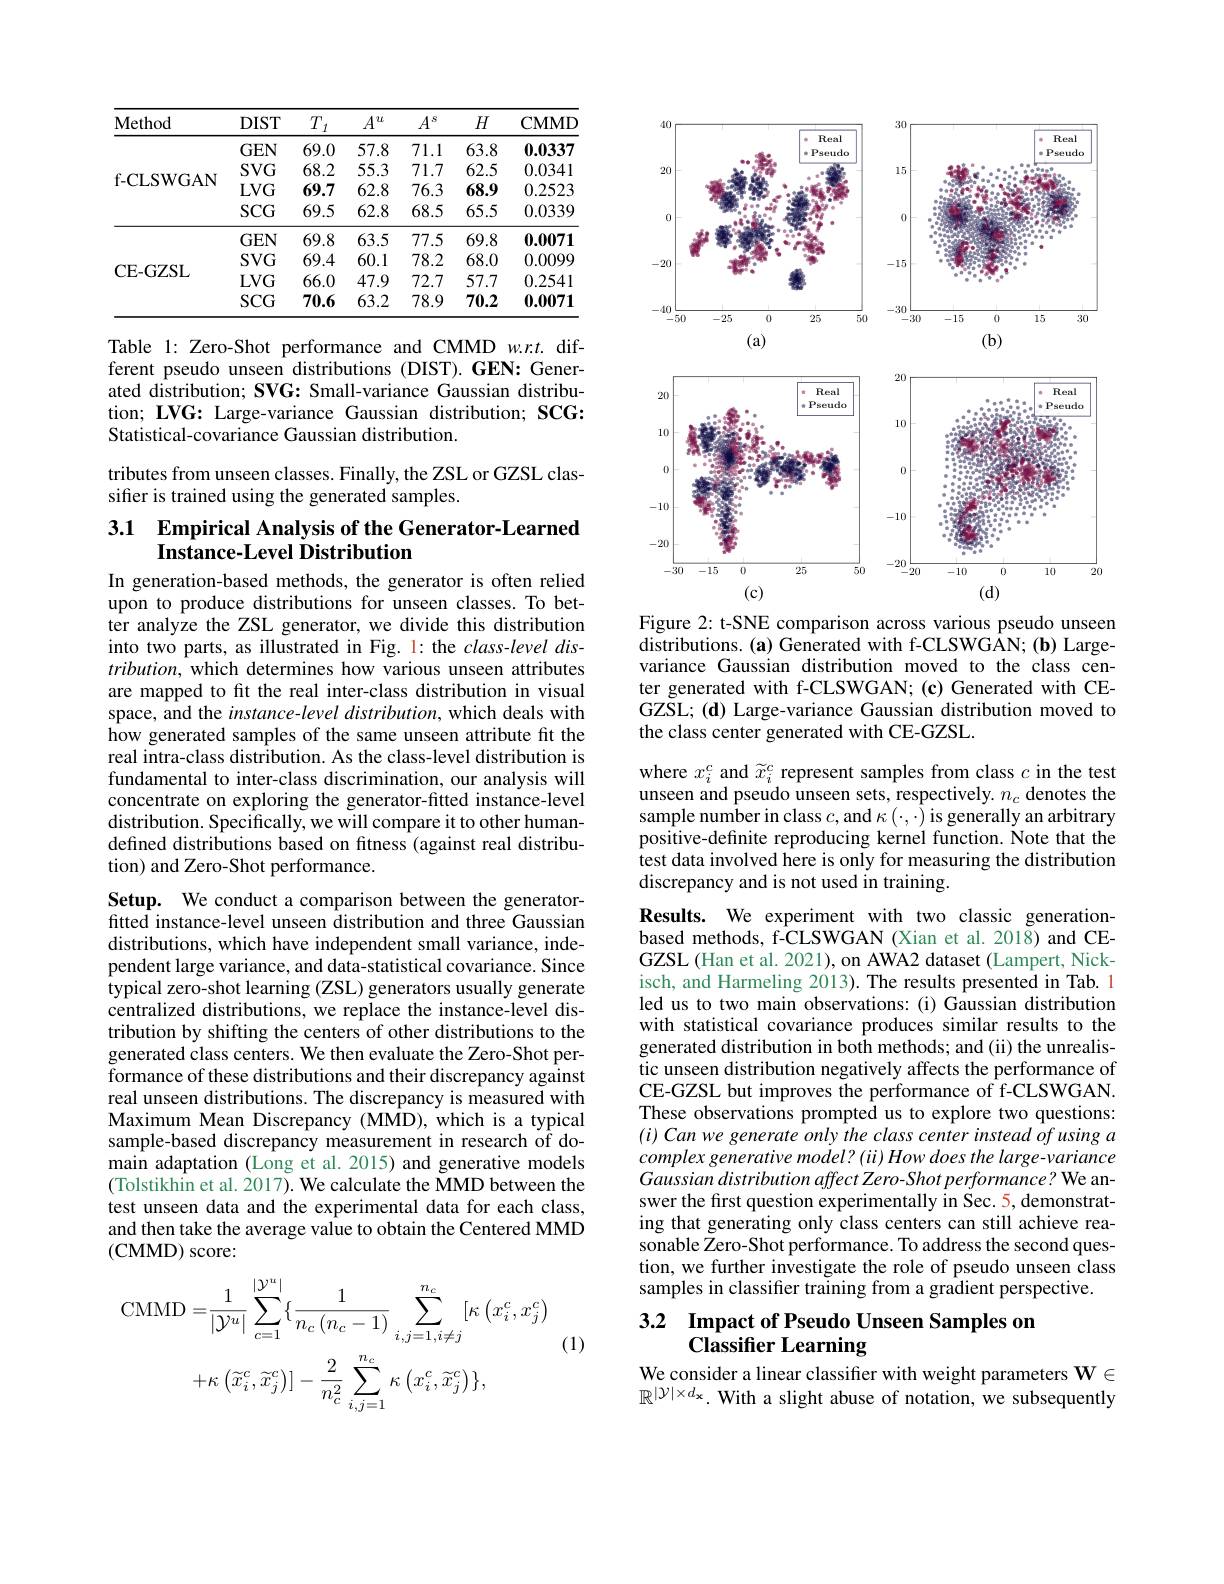
<table>
	<tbody>
		<tr>
			<th>Method</th>
			<th>$DIST$</th>
			<th>$T$ $I$</th>
			<th>$A^{u}$</th>
			<th>$A^s$</th>
			<th>$H$</th>
			<th>$\mathbf{CMMD}$</th>
		</tr>
		<tr>
			<td rowspan="4">f- CLSWGAN</td>
			<td>$GEN$</td>
			<td>69.0</td>
			<td>57.8</td>
			<td>71.1</td>
			<td>63.8</td>
			<td>0.0337</td>
		</tr>
		<tr>
			<td>$SVG$</td>
			<td>68.2</td>
			<td>55.3</td>
			<td>71.7</td>
			<td>62.5</td>
			<td>0.0341</td>
		</tr>
		<tr>
			<td>$LVG$</td>
			<td>69.7</td>
			<td>62.8</td>
			<td>76.3</td>
			<td>68.9</td>
			<td>0.2523</td>
		</tr>
		<tr>
			<td>$SCG$</td>
			<td>69.5</td>
			<td>62.8</td>
			<td>68.5</td>
			<td>65.5</td>
			<td>0.0339</td>
		</tr>
		<tr>
			<td> </td>
			<td>$GEN$</td>
			<td>69.8</td>
			<td>63.5</td>
			<td>77.5</td>
			<td>69.8</td>
			<td>0.0071</td>
		</tr>
		<tr>
			<td rowspan="3">CE- GZSL</td>
			<td>$SVG$</td>
			<td>69.4</td>
			<td>60.1</td>
			<td>78.2</td>
			<td>68.0</td>
			<td>0.0099</td>
		</tr>
		<tr>
			<td>$LVG$</td>
			<td>66.0</td>
			<td>47.9</td>
			<td>72.7</td>
			<td>57.7</td>
			<td>0.2541</td>
		</tr>
		<tr>
			<td>$SCG$</td>
			<td>70.6</td>
			<td>63.2</td>
			<td>78.9</td>
			<td>70.2</td>
			<td>0.0071</td>
		</tr>
	</tbody>
</table>

Table 1: Zero-Shot performance and CMMD w.r.t. different pseudo unseen distributions (DIST).GEN: Generated distribution; SVG: Small-variance Gaussian distribution; LVG: Large-variance Gaussian distribution; SCG: Statistical-covariance Gaussian distribution.

tributes from unseen classes. Finally, the ZSL or GZSL clas-
sifier is trained using the generated samples.

## 3.1 $\textbf{Empirical Analysis of the Generator- Learned}$ Instance-Level Distribution In generation-based methods, the generator is often relied

upon to produce distributions for unseen classes. To better analyze the ZSL generator, we divide this distribution into two parts, as illustrated in Fig. 1: the class-level dis- $tribution$, which determines how various unseen attributes are mapped to ft the real inter-class distribution in visual space, and the instance-level distribution, which deals with how generated samples of the same unseen attribute fit the real intra-class distribution. As the class-level distribution is fundamental to inter-class discrimination, our analysis will concentrate on exploring the generator-fitted instance-level distribution. Specifically, we will compare it to other humandefined distributions based on fitness (against real distribution) and Zero-Shot performance.

Setup. We conduct a comparison between the generatorfitted instance-level unseen distribution and three Gaussian distributions, which have independent small variance, independent large variance, and data-statistical covariance. Since typical zero-shot learning (ZSL) generators usually generate centralized distributions, we replace the instance-level distribution by shifting the centers of other distributions to the generated class centers. We then evaluate the Zero-Shot performance of these distributions and their discrepancy against real unseen distributions. The discrepancy is measured with Maximum Mean Discrepancy (MMD), which is a typical sample-based discrepancy measurement in research of domain adaptation (Long et al. 2015) and generative models (Tolstikhin et al. 2017). We calculate the MMD between the test unseen data and the experimental data for each class, and then take the average value to obtain the Centered MMD (CMMD) score:

(1)
$$\mathrm{CMMD}=\frac{1}{|\mathcal{Y}^{u}|}\sum_{c=1}^{|\mathcal{Y}^{u}|}\{\frac{1}{n_{c}\left(n_{c}-1\right)}\sum_{i,j=1,i\neq j}^{n_{c}}[\kappa\left(x_{i}^{c},x_{j}^{c}\right)\\+\kappa\left(\widetilde{x}_{i}^{c},\widetilde{x}_{j}^{c}\right)]-\frac{2}{n_{c}^{2}}\sum_{i,j=1}^{n_{c}}\kappa\left(x_{i}^{c},\widetilde{x}_{j}^{c}\right)\},$$
<FigureHere>
Figure 2: t-SNE comparison across various pseudo unseen

distributions. (a) Generated with f-CLSWGAN; (b) Largevariance Gaussian distribution moved to the class center generated with f-CLSWGAN; (c) Generated with CEGZSL; (d) Large-variance Gaussian distribution moved to the class center generated with CE-GZSL.

where $x_i^c$ and $\widetilde x_i^c$ represent samples from class $c$ in the test unseen and pseudo unseen sets, respectively. $n_c$ denotes the sample number in class $c$,and $\kappa(\cdot,\cdot)$ is generally an arbitrary positive-definite reproducing kernel function. Note that the test data involved here is only for measuring the distribution discrepancy and is not used in training.
Results. We experiment with two classic generationbased methods, f-CLSWGAN (Xian et al. 2018) and CEGZSL (Han et al. 2021), on AWA2 dataset (Lampert, Nickisch, and Harmeling 2013). The results presented in Tab. 1 led us to two main observations: (i) Gaussian distribution with statistical covariance produces similar results to the generated distribution in both methods; and (ii) the unrealistic unseen distribution negatively affects the performance of CE-GZSL but improves the performance of f-CLSWGAN. These observations prompted us to explore two questions: $( i) \textit{ Can we generate only the class center instead of using a}$ complex generative model? (ii) How does the large-variance Gaussian distribution affect Zero- Shot performance? We answer the first question experimentally in Sec. 5, demonstrating that generating only class centers can still achieve reasonable Zero-Shot performance. To address the second question, we further investigate the role of pseudo unseen class samples in classifier training from a gradient perspective.
3.2 Impact of Pseudo Unseen Samples on

# $\tilde{\textbf{Classifier Learning}}$

We consider a linear classifier with weight parameters $\mathbf{W}\in$ $\mathbb{R}^{|\mathcal{Y}|\times d_{\mathrm{x}}}.$ With a slight abuse of notation, we subsequently